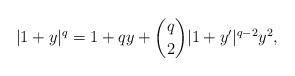
LaTeX: \begin{align*} |1 + y|^q = 1 + qy + \binom{q}{2} |1 + y'|^{q-2} y^2, \end{align*}